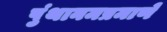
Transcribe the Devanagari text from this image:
पुंथानमप्रमाणे